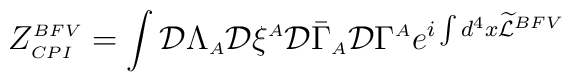
\displaystyle Z^{\scriptscriptstyle BFV}_{\scriptscriptstyle CPI}=\int {\cal D} \Lambda_{\scriptscriptstyle A} {\cal D} \xi^{\scriptscriptstyle A} {\cal D} \bar{\Gamma}_{\scriptscriptstyle A} {\cal D}\Gamma^{\scriptscriptstyle A} e^{ i \int d^4x \widetilde{\cal L}^{\scriptscriptstyle BFV}}